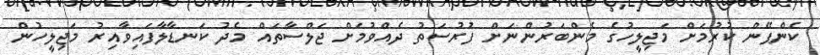
ކެންޕޭން ކުރުމަށް މަޖިލީހުގެ މެންބަރުންނަށް ފުރުސަތު ދެއްވުމަށް ޖަލްސާތައް މެދު ކަނޑާލާފައިވާއިރު މަޖިލީހުން